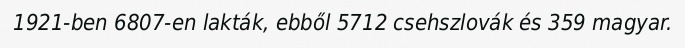
1921-ben 6807-en lakták, ebből 5712 csehszlovák és 359 magyar.